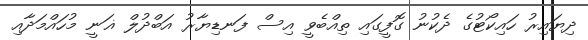
ދިޔައިރު ހައިކޯޓުގެ ދެކުނު ގޮފީގައި ތިއްބެވީ އިސް ފަނޑިޔާރު އަބްދުލް ޣަނީ މުހައްމަދާއި